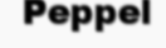
Peppel